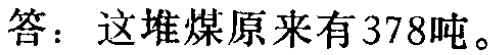
答：这堆煤原来有378吨。